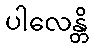
ပါလေန္တိ